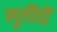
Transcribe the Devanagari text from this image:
मुलींचीं